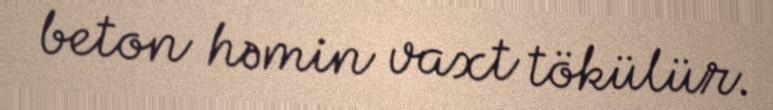
beton həmin vaxt tökülür.